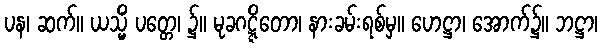
ပန၊ ဆက်။ ယသ္မိံ ပတ္တေ၊ ၌။ မုခဂဋ္ဋိတော၊ နားခမ်းရစ်မှ။ ဟေဋ္ဌာ၊ အောက်၌။ ဘဋ္ဌာ၊